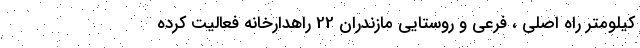
کیلومتر راه اصلی ، فرعی و روستایی مازندران 22 راهدارخانه فعالیت کرده